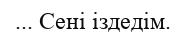
... Сені іздедім.